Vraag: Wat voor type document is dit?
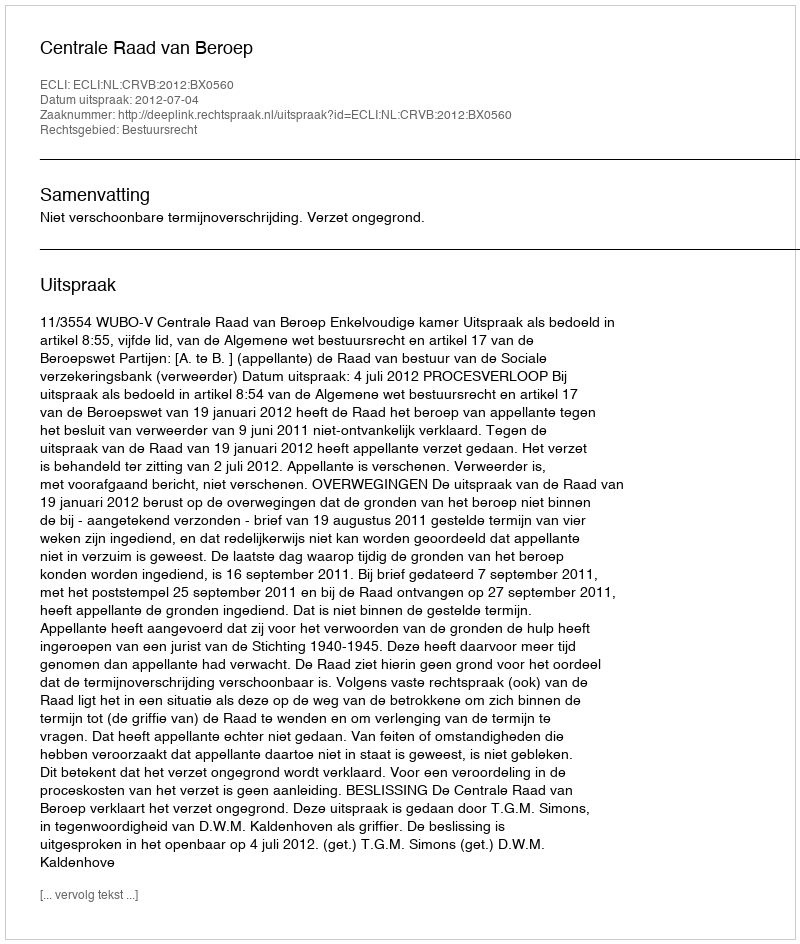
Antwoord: Uitspraak